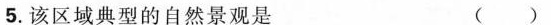
5.该区域典型的自然景观是 ()